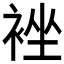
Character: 𮖉